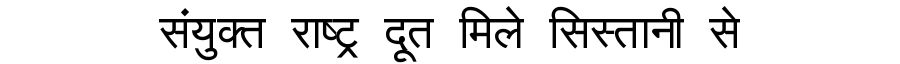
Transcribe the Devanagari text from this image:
संयुक्त राष्ट्र दूत मिले सिस्तानी से